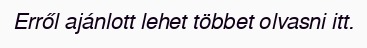
Erről ajánlott lehet többet olvasni itt.